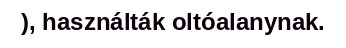
), használták oltóalanynak.